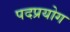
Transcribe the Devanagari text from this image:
पदप्रयोग